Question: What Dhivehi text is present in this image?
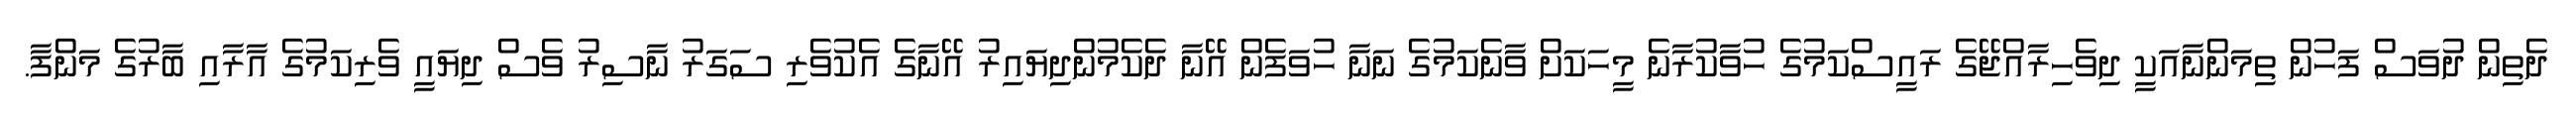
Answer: ދެތިން ދުވަސް ފަހުން ތިމަންނާއަކީ ދިވެހިރާއްޖޭގެ ރައީސްކަމުގެ ހުވާކުރާނެ މީހަކަށް ވާނެކަމުގެ ނަނާ ހުވަފެން އޭނާ ދެކެމުންދިޔައިރު އޭނާގެ އެކުވެރި ސަގަރު ނާސިރު ވެސް ދިޔައީ ވެރިކަމުގެ އާރާއި ބާރުގެ މަންފާ.